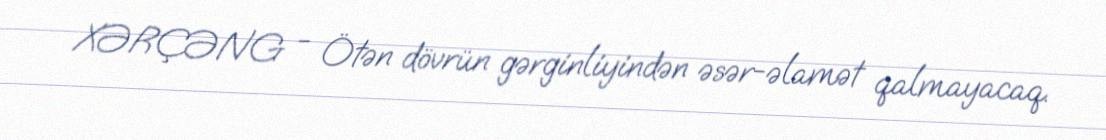
XƏRÇƏNG - Ötən dövrün gərginliyindən əsər-əlamət qalmayacaq.